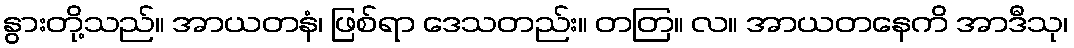
နွားတို့သည်။ အာယတနံ၊ ဖြစ်ရာ ဒေသတည်း။ တတြ။ လ။ အာယတနေကိ အာဒီသု၊